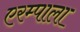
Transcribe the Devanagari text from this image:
एरम्पाला